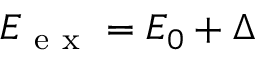
E _ { \mathrm { ~ e ~ x ~ } } = E _ { 0 } + \Delta